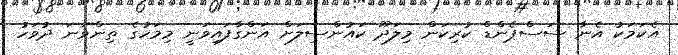
އެކަމަކު އެނާ ސަސްޕެންޑް ކުރިކަން މިލަދޫ ކައުންސިލަށް އަންގާފައިވަނީ މިމަހުގެ ތިންވަނަ ދުވަހު